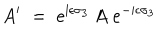
A ^ { \prime } \; = \; e ^ { \mathrm { i } \epsilon \sigma _ { 3 } } \, A \; e ^ { - \mathrm { i } \epsilon \sigma _ { 3 } }